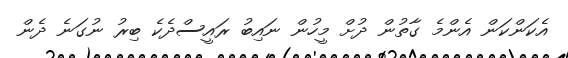
އެކަންކަން އެންމެ ގާތުން ދުށް މީހުން ނައިބު ރައީސްދެކެ ބިރު ނުގަނެ ދެން